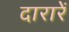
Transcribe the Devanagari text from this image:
दारारें